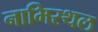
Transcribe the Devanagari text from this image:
नाभिस्थल